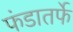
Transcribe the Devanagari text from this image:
फंडातर्फे